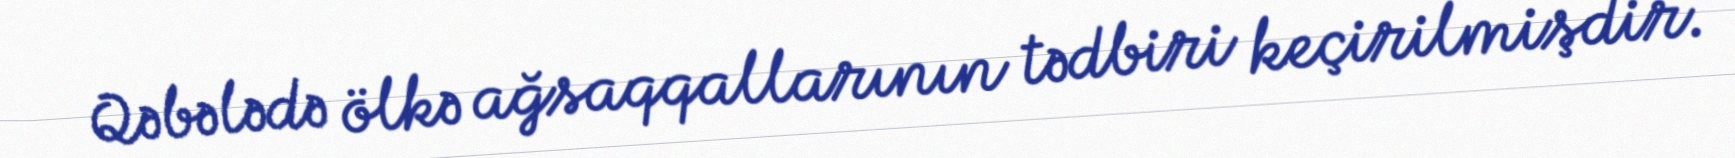
Qəbələdə ölkə ağsaqqallarının tədbiri keçirilmişdir.